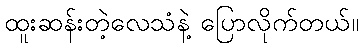
ထူးဆန်းတဲ့လေသံနဲ့ ပြောလိုက်တယ်။